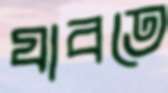
যাবতে